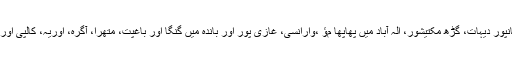
رپورٹ میں یہ بھی بتایا گیا ہے کہ فتح گڑھ، قنوج، کانپور دیہات، گڑھ مکتیشور، الہٰ آباد میں پھاپھا مﺅ ،وارانسی، غازی پور اور باندہ میں گنگا اور باغپت، متھرا، آگرہ، اوریہ، کالپی اور ہمیر پور میں جمنا ندی میں پانی بتدریج بڑھ رہا ہے ۔